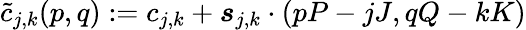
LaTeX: \tilde{c}_{j,k}(p,q):=c_{j,k}+\boldsymbol{s}_{j,k}\cdot(pP-jJ,qQ-kK)